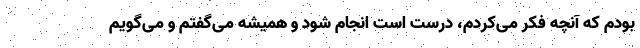
بودم که آنچه فکر می‌کردم، درست است انجام شود و همیشه می‌گفتم و می‌گویم